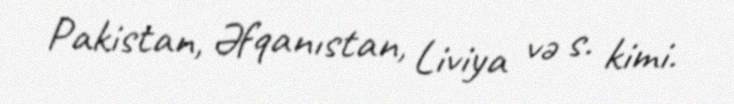
Pakistan, Əfqanıstan, Liviya və s. kimi.